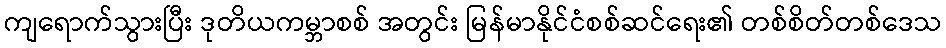
ကျရောက်သွားပြီး ဒုတိယကမ္ဘာစစ် အတွင်း မြန်မာနိုင်ငံစစ်ဆင်ရေး၏ တစ်စိတ်တစ်ဒေသ